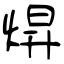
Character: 焺